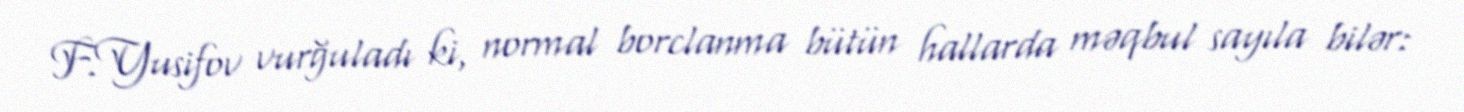
F.Yusifov vurğuladı ki, normal borclanma bütün hallarda məqbul sayıla bilər: